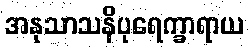
အနုသာသနိပုရေက္ခာရာယ